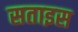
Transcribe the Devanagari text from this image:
सताइस